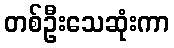
တစ်ဦးသေဆုံးကာ